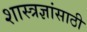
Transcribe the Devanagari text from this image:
शास्त्रज्ञांसाठी